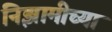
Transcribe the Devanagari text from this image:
निझामीच्या